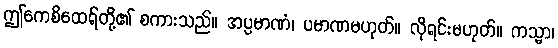
ဤကေစိထေရ်တို့၏ စကားသည်။ အပ္ပမာဏံ၊ ပမာဏမဟုတ်။ လိုရင်းမဟုတ်။ ကသ္မာ၊